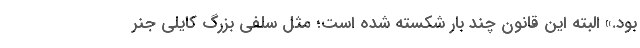
بود.» البته این قانون چند بار شکسته شده است؛ مثل سلفی بزرگ کایلی جنر